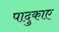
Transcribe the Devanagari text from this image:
पादुकाए